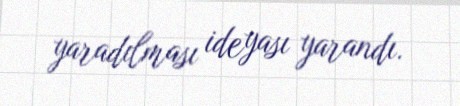
yaradılması ideyası yarandı.